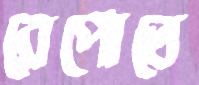
রেপোতে